65_HS1-834228961_62-HQ-83894_Section_2
Agency: FBI
Page 188
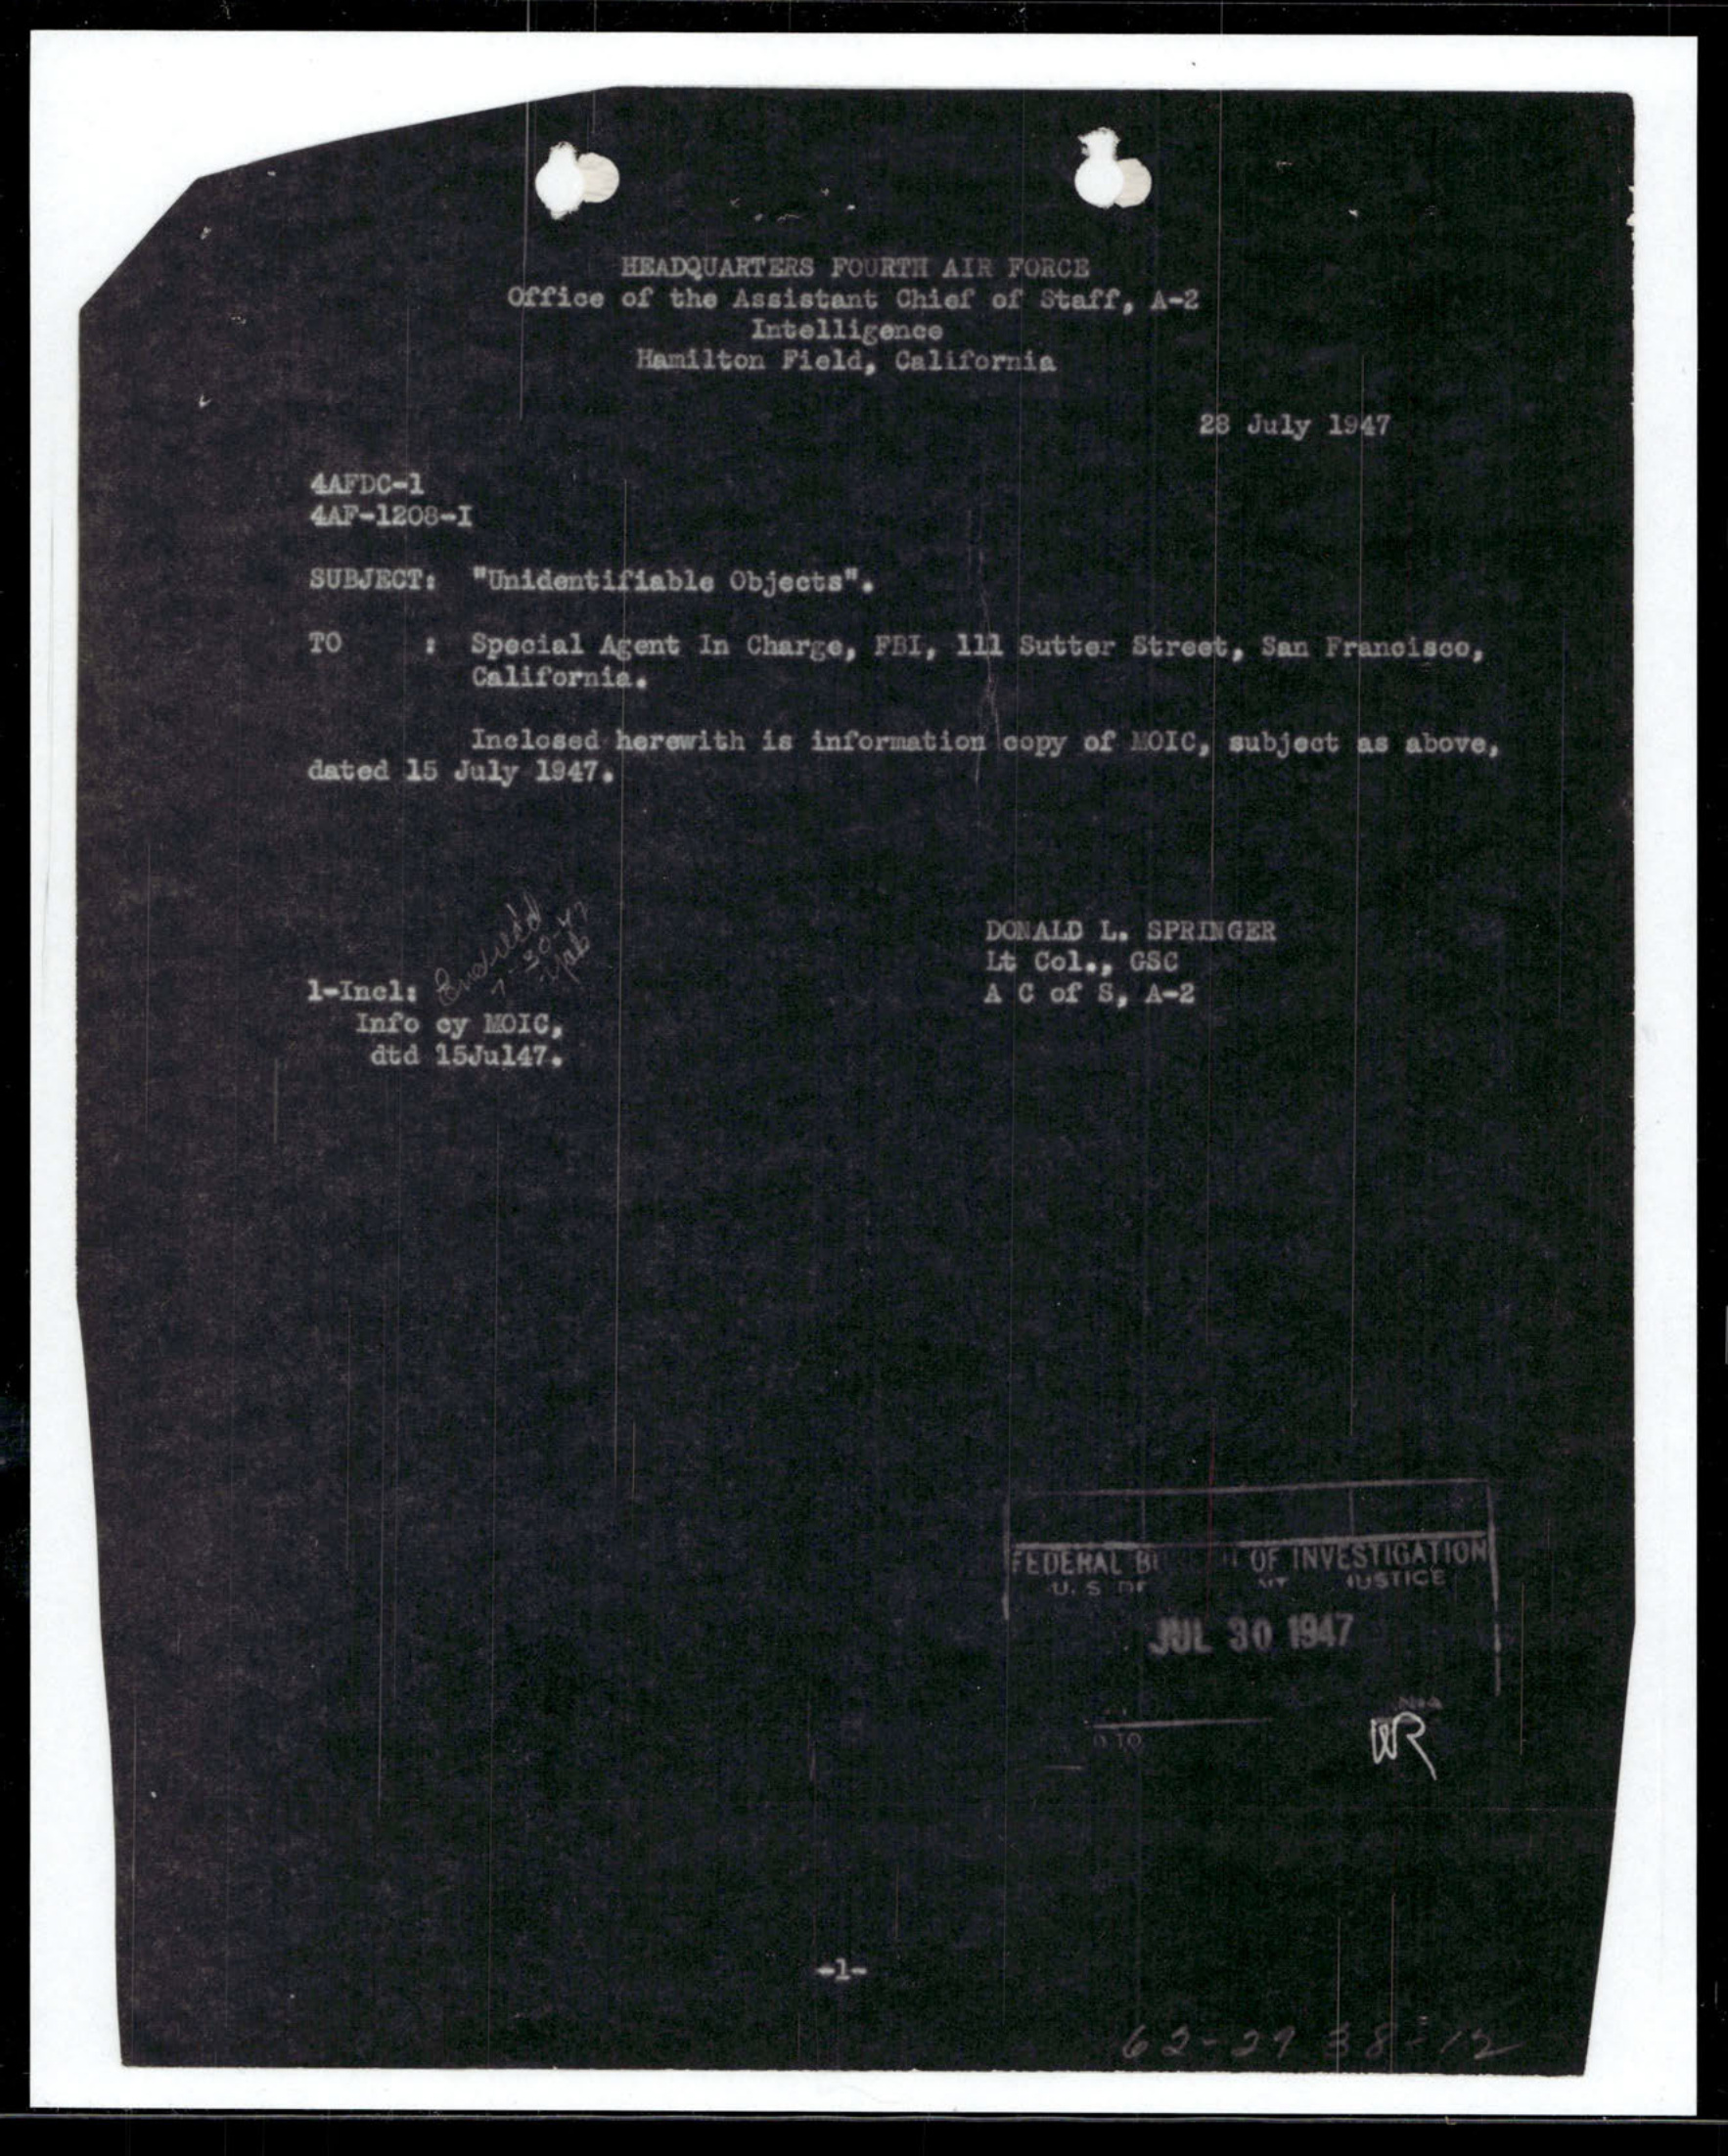